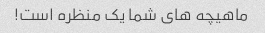
ماهیچه های شما یک منظره است!